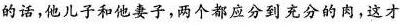
的话，他儿子和他妻子，两个都应分到充分的肉，这才